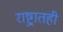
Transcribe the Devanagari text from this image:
राष्ट्रातही